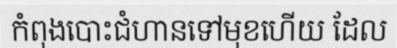
កំពុងបោះជំហានទៅមុខហើយ ដែល